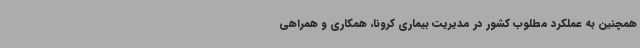
همچنین به عملکرد مطلوب کشور در مدیریت بیماری کرونا، همکاری و همراهی